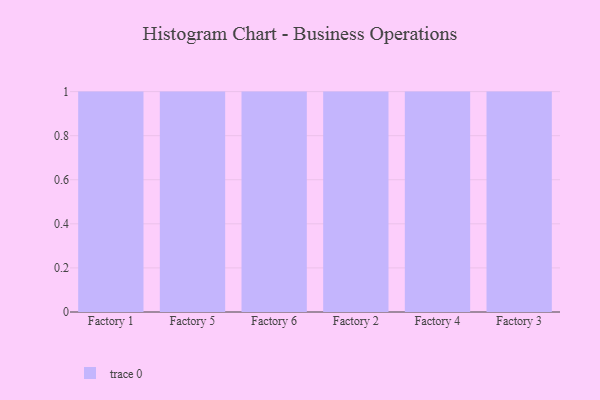
{"axis": {"x": "Factory", "y": "Page Views"}, "legend": [""], "data": [{"x": "Factory 1", "y": 17, "type": ""}, {"x": "Factory 5", "y": 5, "type": ""}, {"x": "Factory 6", "y": 74, "type": ""}, {"x": "Factory 2", "y": 12, "type": ""}, {"x": "Factory 4", "y": 59, "type": ""}, {"x": "Factory 3", "y": 48, "type": ""}]}